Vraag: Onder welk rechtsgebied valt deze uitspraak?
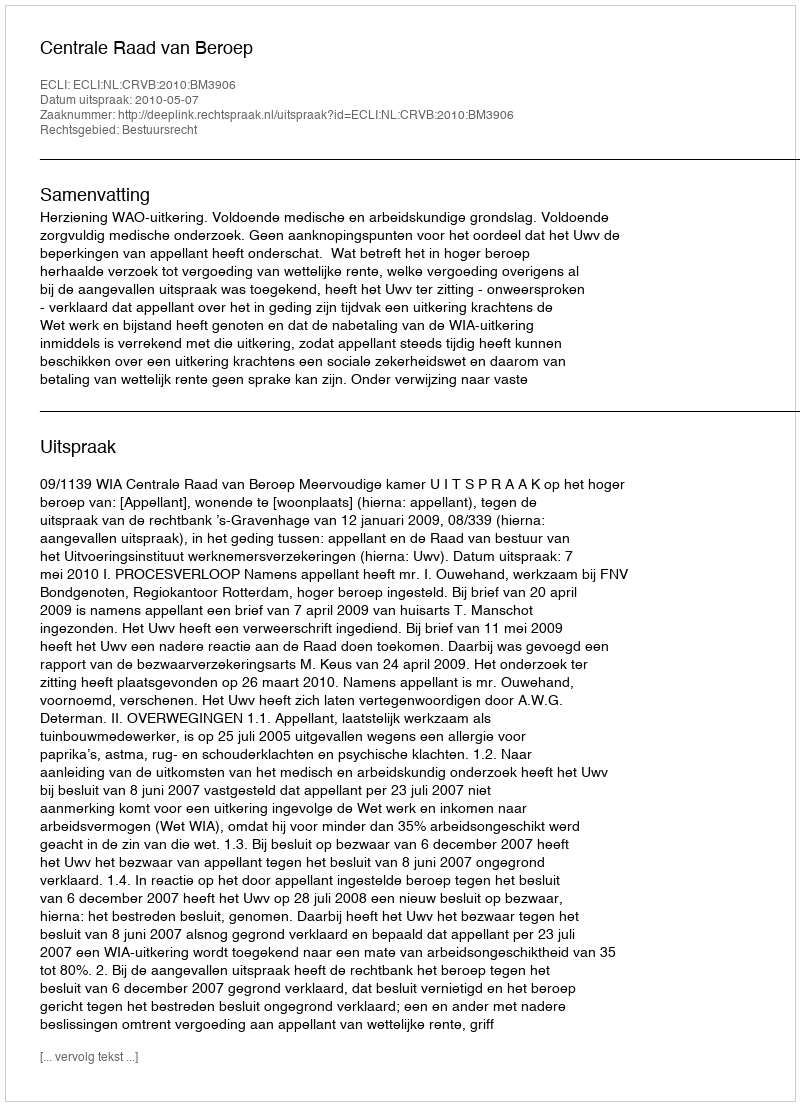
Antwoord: Bestuursrecht